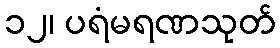
၁၂၊ ပရံမရဏသုတ်